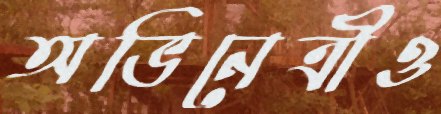
অভিনেত্রীও